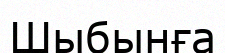
Шыбынға